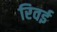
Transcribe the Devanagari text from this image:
रिवई